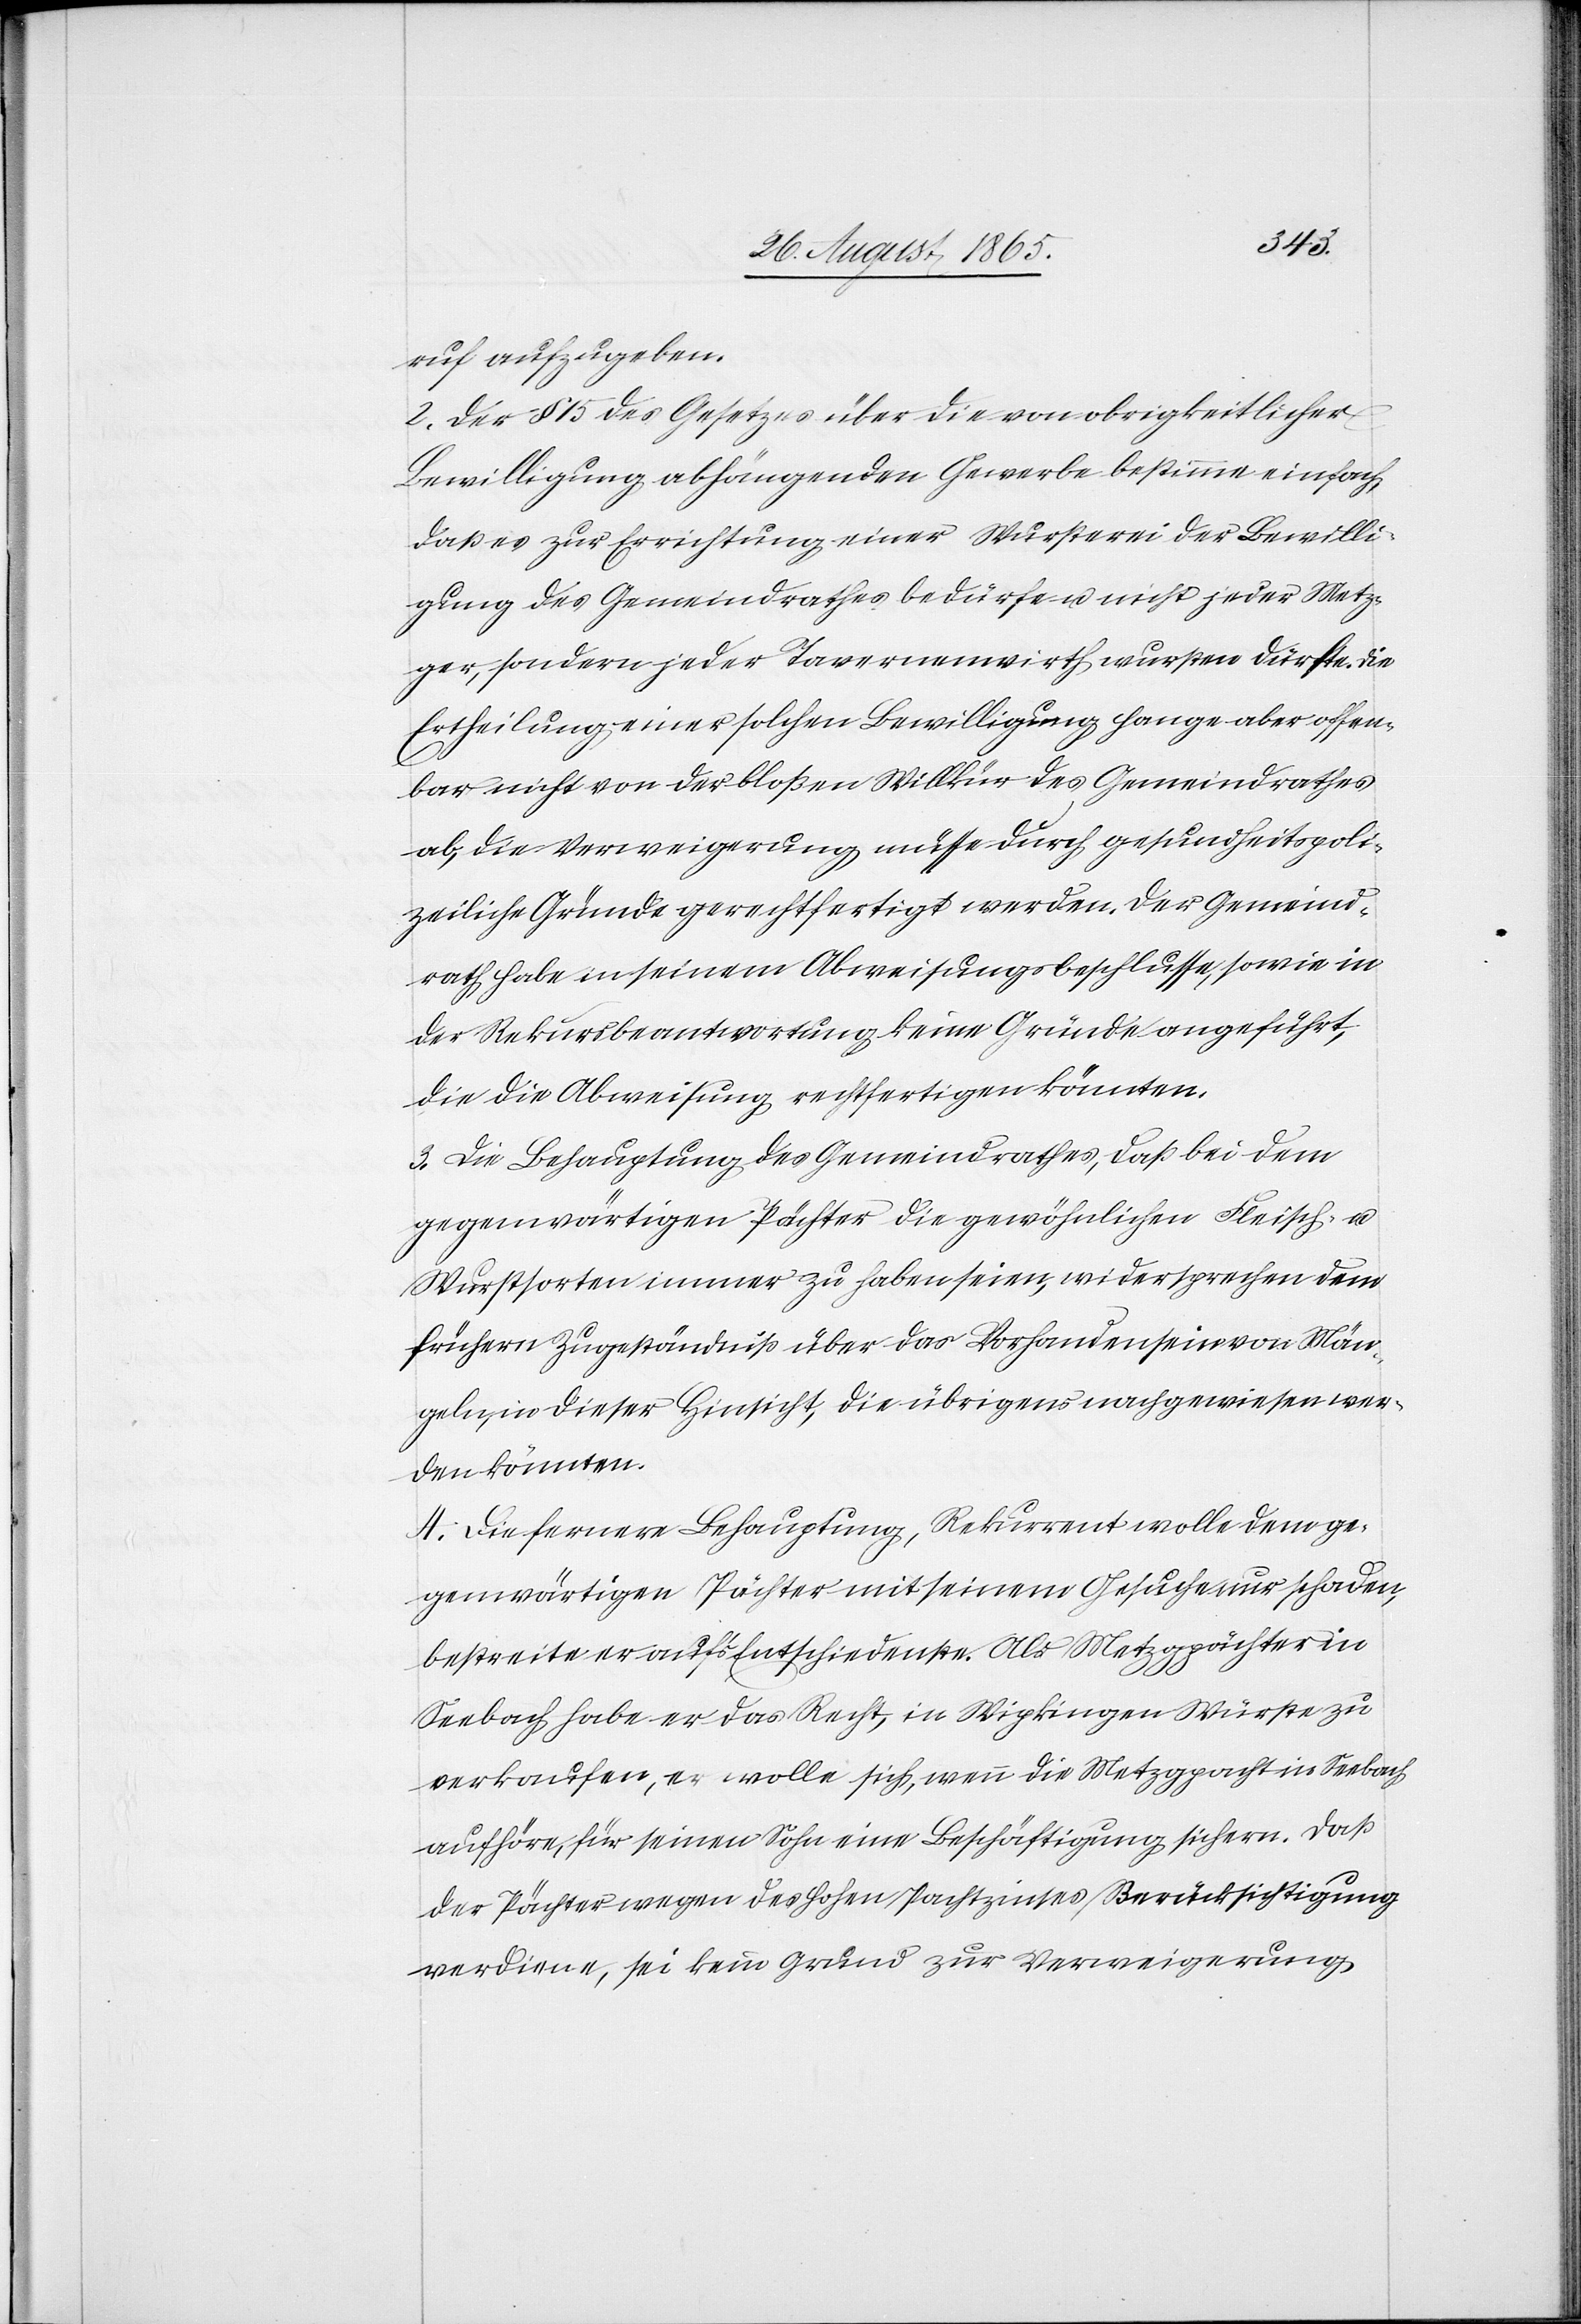
ruf aufzugeben.
2. Der § 15 des Gesetzes über die von obrigkeitlicher
Bewilligung abhängenden Gewerbe bestimme einfach,
daß es zur Errichtung einer Wursterei der Bewilli¬
gung des Gemeindrathes bedürfe u. nicht jeder Metz¬
ger, sondern jeder Tavernenwirth wursten dürfte. Die
Ertheilung einer solchen Bewilligung hange aber offen¬
bar nicht von der bloßen Willkür des Gemeindrathes
ab, die Verweigerung müsse durch gesundheitspoli¬
zeiliche Gründe gerechtfertigt werden. Der Gemeind¬
rath habe in seinem Abweisungsbeschlusse, sowie in
der Rekursbeantwortung keine Gründe angeführt,
die die Abweisung rechtfertigen könnten.
3. Die Behauptung des Gemeindrathes, daß bei dem
gegenwärtigen Pächter die gewöhnlichen Fleisch- u.
Wurstsorten immer zu haben seien, widersprechen dem
frühern Zugeständniß über das Vorhandensein von Män¬
geln, in dieser Hinsicht, die übrigens nachgewiesen wer¬
den könnten.
4. Die fernere Behauptung, Rekurrent wolle dem ge¬
genwärtigen Pächter mit seinem Gesuche nur schaden,
bestreite er auf’s Entschiedenste. Als Metzgpächter in
Seebach habe er das Recht, in Wipkingen Würste zu
verkaufen, er wolle sich, wenn die Metzgpacht in Seebach
aufhöre, für seinen Sohn eine Beschäftigung sichern. Daß
der Pächter wegen des hohen Pachtzinses Berücksichtigung
verdiene, sei kein Grund zur Verweigerung